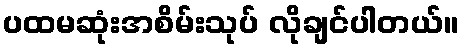
ပထမဆုံးအစိမ်းသုပ် လိုချင်ပါတယ်။